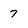
Character: 7